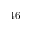
4 6